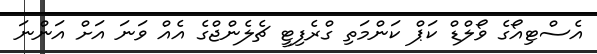
އެސްޓިއޯގެ ވޯލްޑް ކަޕް ކަންމަތި ގްރެފިޓީ ޗެލެންޖްގެ އެއް ވަނަ އަށް އަންނަ